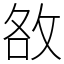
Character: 敋